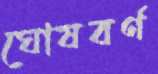
ঘোষবর্ণ